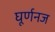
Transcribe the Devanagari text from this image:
घूर्णनज